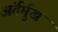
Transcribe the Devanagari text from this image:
अंर्तर्मुख